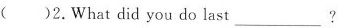
( )2. What did you do last___?